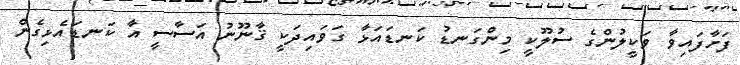
ފަށާފައިވާ ވަކީލުންގެ ސުލޫކީ މިންގަނޑު ކަނޑައަޅާ ގަވައިދަކީ ޤާނޫނު އަސާސީ އާ ކަނޑައެޅިގެން